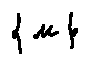
\{ u \}